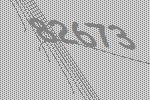
82673